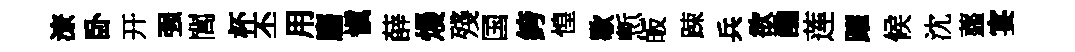
潦卧开强閭杯丕用麕愼薛熳殘国絝惶歇慙皈踈兵欲醮莲躍候沈虀宴